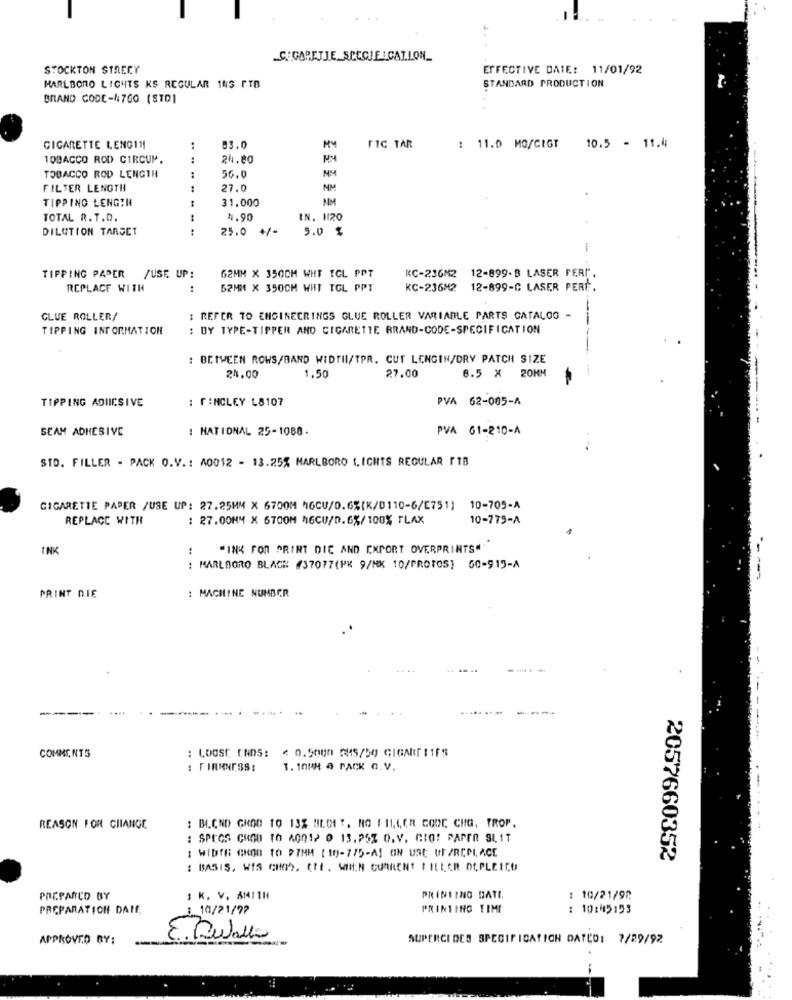
C. GAPETJE SCCCJ .CALLON_
STOCKTON STRECY
EFFECTIVE DATE: 11/01/92
MARLBORO LICHTS KS REGULAR 143 FTB
STANDARD PRODUCTION
BRAND CODE-4700 (STD]
CIGARETTE LENG111
..
13.0
MY
FIC TAR
: 11.0 MO/CIGT
10.5 - 11.4
10BACCO ROD CIRCUM.
24.80
TOBACCO ROD LENGTH
56.0
FILTER LENGTH
27.0
MM
TIPPING LENGTH
31.000
AM
TOTAL R. T.D.
4.90
IN. 1120
DILUTION TARGET
25.0
+/-
5.0 %
-
12-899-B LASER FERI.
TIPPING PAPER /USE UP:
62MM X 3500M WHT TGL PPT
RC-23682
REPLACE WITH
62MM X 3500M WHT TGL PPT
KC-236M2
12-899-C LASER PERE.
GLUE ROLLER/
: REFER TO ENGINECRINGS GLUE ROLLER VARIABLE PARTS CATALOG -
TIPPING INFORMATION
: DY TYPE-TIPPER AND CIGARETTE BRAND-CODE-SPECIFICATION
: BETWEEN ROWS/BAND WIDTII/TPR. CUT LENGIN/DRY PATCH SIZE
27.00
8.5 X 20MM
24.00
1.50
TIPPING ADIICSIVE
: CINCLEY L8107
VA 62-005-A
SCAM ADHESIVE
: NATIONAL 25-1080.
PVA 61-210-A
STD. FILLER - PACK O.V .: A0012 - 13.25% MARLBORO 1. ICHTS REGULAR FIB
CIGARETTE PAPER /USE UP: 27.25MM X 6700M MGCU/0.6%(K/0110-6/[751) 10-705-A
REPLACE WITH
: 27.00MM X 6TOOM 46CU/D.6%/ 100% FLAX
10-775-A
:
"INK FOR PRINT DIC AND EXPORT OVERPRINTS"
: MARLBORO BLACK (37077(PK 9/NX 10/PROTOS] 60-915-A
: MACHINE NUMBER
PRINT DIE
---
.....
: LOOSE ENDS: < 0.5000 GMS/50 GIGART 11ES
COMMENTS
: FIRMNESS:
3. 10PH a PACK O.V.
REASON FOR CHANGE
: BI.CND GHOD TQ 13% BILDET, NO / 11,4,CA GODE CHG, TROP.
: SPECS CHOD TO 40012 0 13.25% 0.V. CIO! PAPER SLIT
: WIDTH CHOD TO P7MM [ 19-7/5-A] GN US UF /REPLACE
2057660352
: BASIS, WIS CHOS, CHE . WOHIN CURRENT PILLER DEPLEIES
POCPANCO BY
1 K. V. SMITH
PRINTING DATI
: 10/21/92
PREPARATION DATE
: 10/21/9?
PRINTING TIME
: 10:415153
APPROVED BY:
E. Delalo
SUPERCI DES SPECIFICATION DATED: 7/29/92